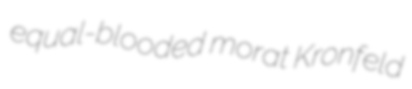
equal-blooded morat Kronfeld